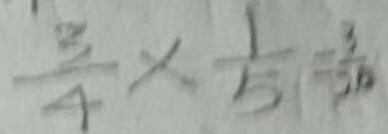
\frac { 3 } { 4 } \times \frac { 1 } { 5 } = \frac { 3 } { 2 0 }